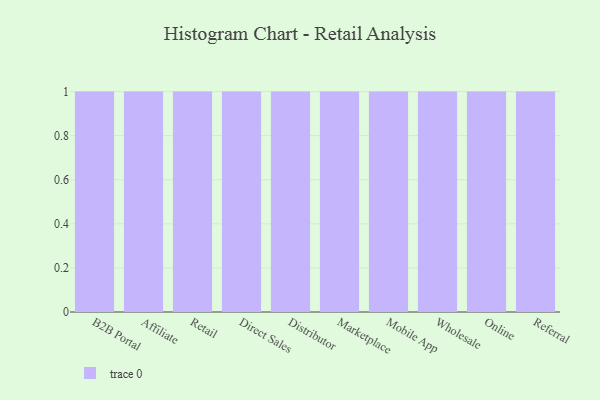
{"axis": {"x": "Channel", "y": "Website Visitors"}, "legend": [""], "data": [{"x": "B2B Portal", "y": 55, "type": ""}, {"x": "Affiliate", "y": 56, "type": ""}, {"x": "Retail", "y": 27, "type": ""}, {"x": "Direct Sales", "y": 99, "type": ""}, {"x": "Distributor", "y": 63, "type": ""}, {"x": "Marketplace", "y": 1, "type": ""}, {"x": "Mobile App", "y": 20, "type": ""}, {"x": "Wholesale", "y": 25, "type": ""}, {"x": "Online", "y": 64, "type": ""}, {"x": "Referral", "y": 36, "type": ""}]}